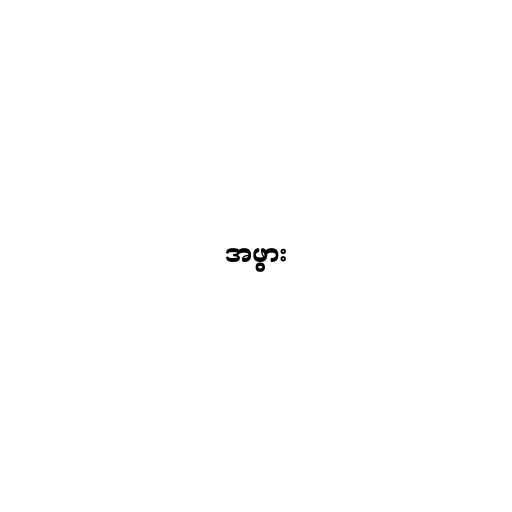
အဖွား